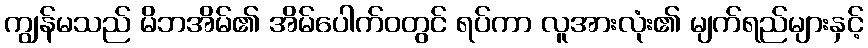
ကျွန်မသည် မိဘအိမ်၏ အိမ်ပေါက်ဝတွင် ရပ်ကာ လူအားလုံး၏ မျက်ရည်များနှင့်